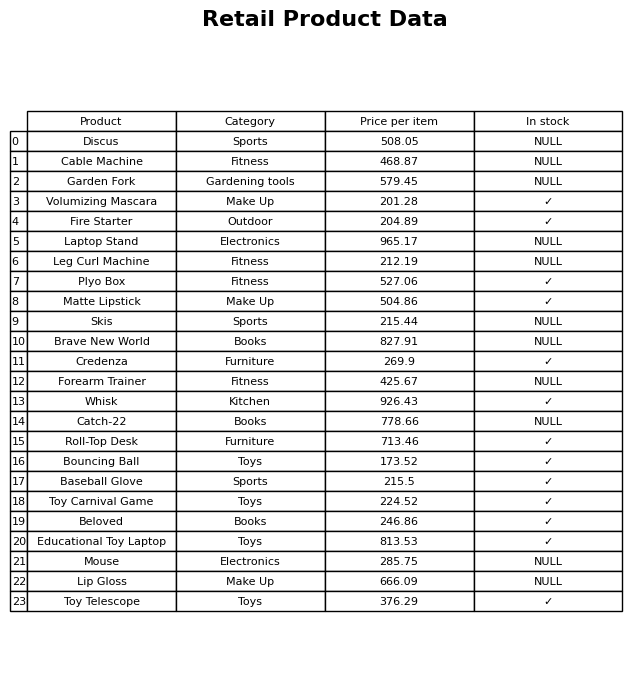
question: What is the price for Cable Machine?
answer: The price of Cable Machine is 468.87.